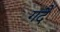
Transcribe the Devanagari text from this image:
गर्दै